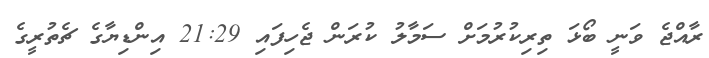
ރާއްޖެ ވަނީ ބޯޅަ ތިރިކުރުމަށް ސަމާލު ކުރަން ޖެހިފައި 21:29 އިންޑިޔާގެ ޗެތުރީގެ